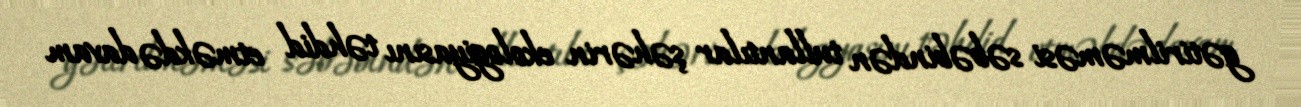
gətirilməməsi səbəbindən tullantılar şəhərin ekologiyasını təhdid etməkdə davam